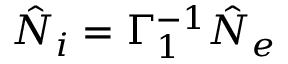
\hat { N } _ { i } = \Gamma _ { 1 } ^ { - 1 } \hat { N } _ { e }